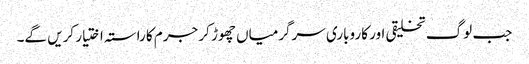
جب لوگ تخلیقی اور کاروباری سرگرمیاں چھوڑ کر جرم کا راستہ اختیار کریں گے۔